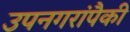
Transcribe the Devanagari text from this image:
उपनगरांपैकी